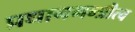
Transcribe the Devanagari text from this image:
प्रधानमन्त्रीत्व